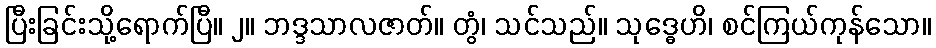
ပြီးခြင်းသို့ရောက်ပြီ။ ၂။ ဘဒ္ဒသာလဇာတ်။ တွံ၊ သင်သည်။ သုဒ္ဓေဟိ၊ စင်ကြယ်ကုန်သော။